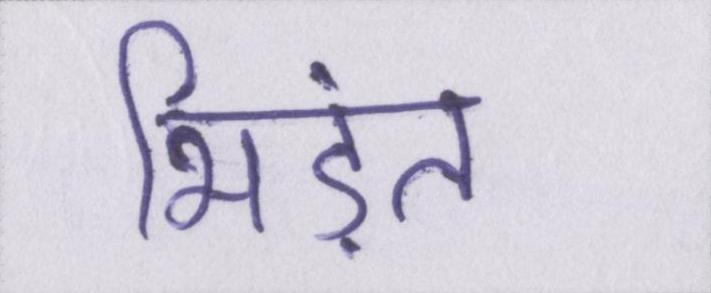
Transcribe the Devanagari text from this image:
भिड़ंत